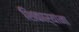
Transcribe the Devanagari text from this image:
शिकार्‍यांना